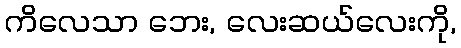
ကိလေသာ ဘေး, လေးဆယ်လေးကို,